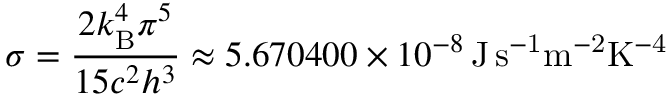
\sigma = { \frac { 2 k _ { \mathrm { B } } ^ { 4 } \pi ^ { 5 } } { 1 5 c ^ { 2 } h ^ { 3 } } } \approx 5 . 6 7 0 4 0 0 \times 1 0 ^ { - 8 } \, \mathrm { J \, s ^ { - 1 } m ^ { - 2 } K ^ { - 4 } }